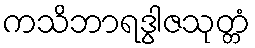
ကသိဘာရဒွါဇသုတ္တံ